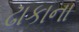
ઢાકાના